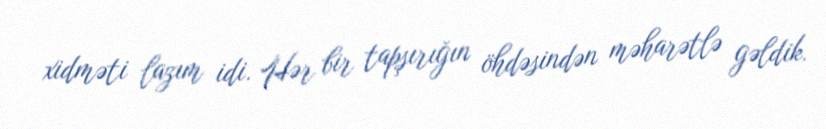
xidməti lazım idi. Hər bir tapşırığın öhdəsindən məharətlə gəldik.